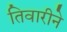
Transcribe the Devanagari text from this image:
तिवारीने